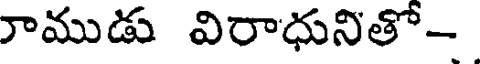
రాముడు విరాధునితో-